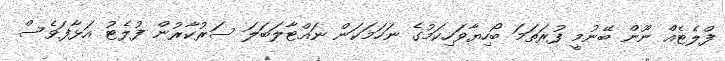
ފްލެޓެއް ނޫން ބޭނުމީ ފުރަތަމަ ބޯހިޔާވަހިކަމުގެ ނަހަމަކަން ނައްޓާލަބަލަ ސަރުކާރުން ފުލެޓު އަޅާފަވެސް